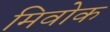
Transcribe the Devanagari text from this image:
मिवोक